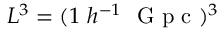
L ^ { 3 } = ( 1 \ h ^ { - 1 } \ \mathrm { ~ G ~ p ~ c ~ } ) ^ { 3 }